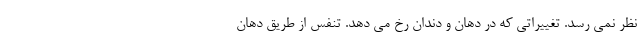
نظر نمی رسد. تغییراتی که در دهان و دندان رخ می دهد. تنفس از طریق دهان